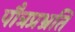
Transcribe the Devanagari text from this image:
पौत्रप्रभ्रति